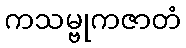
ကသမ္ဗုကဇာတံ